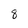
Character: 8